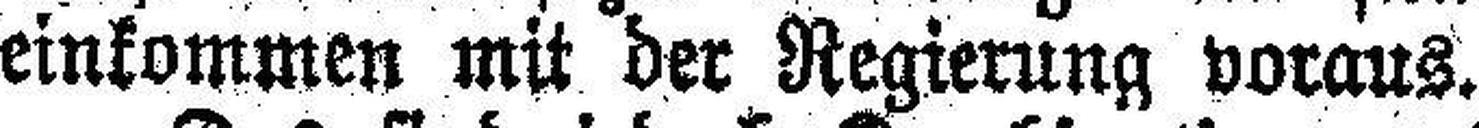
einkommen mit der Regierung voraus.